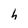
Character: h